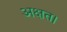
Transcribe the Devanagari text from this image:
अक्षत।